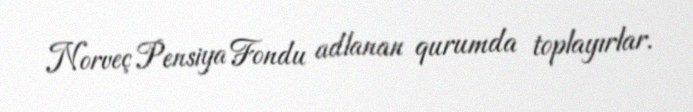
Norveç Pensiya Fondu adlanan qurumda toplayırlar.